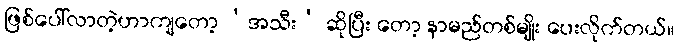
ဖြစ်ပေါ်လာတဲ့ဟာကျတော့ ‘အသီး’ ဆိုပြီး တော့ နာမည်တစ်မျိုး ပေးလိုက်တယ်။